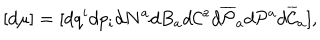
LaTeX: [ d \mu ] = [ d q ^ { i } d p _ { i } d N ^ { a } d B _ { a } d { \cal C } ^ { a } d \overline { { { \cal P } } } _ { a } d { \cal P } ^ { a } d \overline { { { \cal C } } } _ { a } ] ,